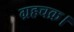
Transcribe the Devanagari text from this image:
ग्रहचक्र।